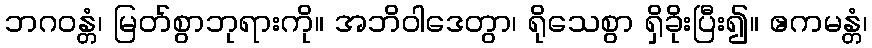
ဘဂဝန္တံ၊ မြတ်စွာဘုရားကို။ အဘိဝါဒေတွာ၊ ရိုသေစွာ ရှိခိုးပြီး၍။ ဧကမန္တံ၊